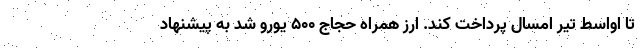
تا اواسط تیر امسال پرداخت کند. ارز همراه حجاج ۵۰۰ یورو شد به پیشنهاد